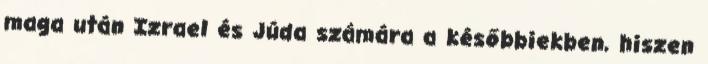
maga után Izrael és Júda számára a későbbiekben, hiszen